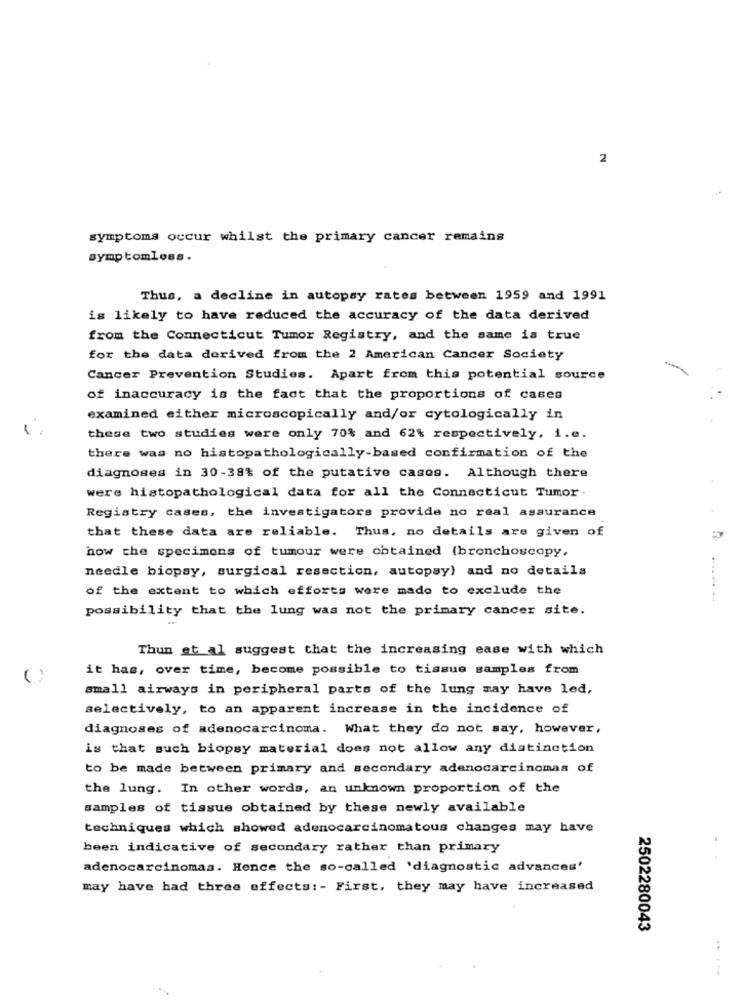
2
symptoms occur whilst the primary cancer remains
symptomloss.
Thus, a decline in autopsy rates between 1959 and 1991
is likely to have reduced the accuracy of the data derived
from the Connecticut Tumor Registry, and the same is true
for the data derived from the 2 American Cancer Society
Cancer Prevention Studies. Apart from this potential source
of inaccuracy is the fact that the proportions of cases
examined either microscopically and/or cytologically in
these two studies were only 70% and 62% respectively, i.e.
there was no histopathologically-based confirmation of the
diagnoses in 30-38% of the putative casos. Although there
were histopathological data for all the Connecticut Tumor .
Registry cases, the investigators provide no real assurance
that these data are reliable. Thus, no details are given of
how the specimens of tumour were obtained (bronchoscopy,
needle biopsy, surgical resection, autopsy) and no details
of the extent to which efforts were made to exclude the
possibility that the lung was not the primary cancer site.
Thun et al suggest that the increasing ease with which
it has, over time, become possible to tissue samples from
small airways in peripheral parts of the lung may have led,
selectively, to an apparent increase in the incidence of
diagnoses of adenocarcinoma. What they do not say, however,
is that such biopsy material does not allow any distinction
to be made between primary and secondary adenocarcinomas of
the lung. In other words, an unknown proportion of the
samples of tissue obtained by these newly available
techniques which showed adenocarcinomatous changes may have
been indicative of secondary rather than primary
adenocarcinomas. Hence the so-called 'diagnostic advances'
may have had three effects :- First, they may have increased
2502280043